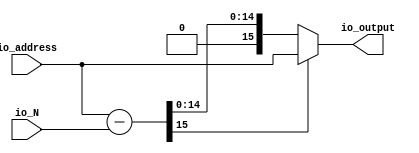
module modN(
    input [15:0] io_address,
    input [15:0] io_N,
    output[15:0] io_output
);

  wire[15:0] T0;
  wire[15:0] T1;
  wire[15:0] sub;
  wire T2;
  wire T3;
  wire T4;


  assign io_output = T0;
  assign T0 = T4 ? io_address : T1;
  assign T1 = T2 ? sub : io_address;
  assign sub = io_address - io_N;
  assign T2 = T3 == 1'h0;
  assign T3 = sub[4'hf:4'hf];
  assign T4 = T2 == 1'h0;
endmodule